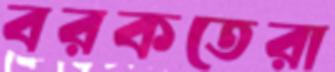
বরকতেরা